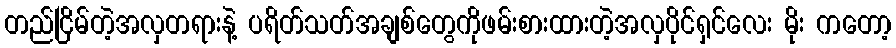
တည်ငြိမ်တဲ့အလှတရားနဲ့ ပရိတ်သတ်အချစ်တွေကိုဖမ်းစားထားတဲ့အလှပိုင်ရှင်လေး မိုး ကတော့